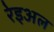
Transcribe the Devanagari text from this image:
रेइअल